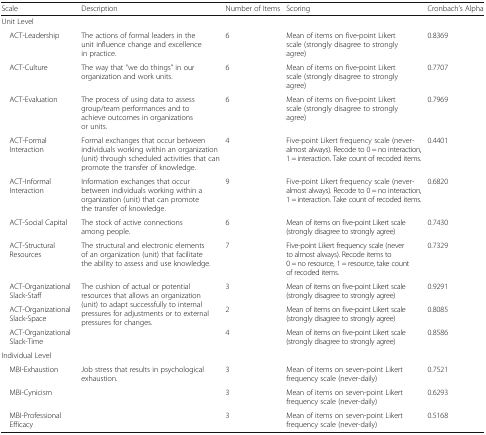
| Scale | Description | Number of Items | Scoring | Cronbach’s Alpha |
 | --- | --- | --- | --- | --- |
 | <COLSPAN=5> Unit Level |
 | ACT-Leadership | The actions of formal leaders in the unit influence change and excellence in practice. | 6 | Mean of items on five-point Likert scale (strongly disagree to strongly agree) | 0.8369 |
 | ACT-Culture | The way that “we do things” in our organization and work units. | 6 | Mean of items on five-point Likert scale (strongly disagree to strongly agree) | 0.7707 |
 | ACT-Evaluation | The process of using data to assess group/team performances and to achieve outcomes in organizations or units. | 6 | Mean of items on five-point Likert scale (strongly disagree to strongly agree) | 0.7969 |
 | ACT-Formal Interaction | Formal exchanges that occur between individuals working within an organization (unit) through scheduled activities that can promote the transfer of knowledge. | 4 | Five-point Likert frequency scale (never-almost always). Recode to 0 = no interaction, 1 = interaction. Take count of recoded items. | 0.4401 |
 | ACT-Informal Interaction | Information exchanges that occur between individuals working within a organization (unit) that can promote the transfer of knowledge. | 9 | Five-point Likert frequency scale (never-almost always). Recode to 0 = no interaction, 1 = interaction. Take count of recoded items. | 0.6820 |
 | ACT-Social Capital | The stock of active connections among people. | 6 | Mean of items on five-point Likert scale (strongly disagree to strongly agree) | 0.7430 |
 | ACT-Structural Resources | The structural and electronic elements of an organization (unit) that facilitate the ability to assess and use knowledge. | 7 | Five-point Likert frequency scale (never to almost always). Recode items to 0 = no resource, 1 = resource, take count of recoded items. | 0.7329 |
 | ACT-Organizational Slack-Staff | <ROWSPAN=3> The cushion of actual or potential resources that allows an organization (unit) to adapt successfully to internal pressures for adjustments or to external pressures for changes. | 3 | Mean of items on five-point Likert scale (strongly disagree to strongly agree) | 0.9291 |
 | ACT-Organizational Slack-Space | 2 | Mean of items on five-point Likert scale (strongly disagree to strongly agree) | 0.8085 |
 | ACT-Organizational Slack-Time | 4 | Mean of items on five-point Likert scale (strongly disagree to strongly agree) | 0.8586 |
 | <COLSPAN=5> Individual Level |
 | MBI-Exhaustion | <ROWSPAN=3> Job stress that results in psychological exhaustion. | 3 | Mean of items on seven-point Likert frequency scale (never-daily) | 0.7521 |
 | MBI-Cynicism | 3 | Mean of items on seven-point Likert frequency scale (never-daily) | 0.6293 |
 | MBI-Professional Efficacy | 3 | Mean of items on seven-point Likert frequency scale (never-daily) | 0.5168 |